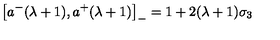
\left[ a ^ { - } ( \lambda + 1 ) , a ^ { + } ( \lambda + 1 ) \right] _ { - } = 1 + 2 ( \lambda + 1 ) \sigma _ { 3 }